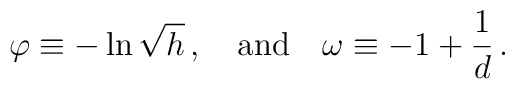
\varphi \equiv - \ln\sqrt{h} \, , \quad {\rm and} \quad \omega \equiv  -1+ \frac{1}{d} \, .